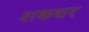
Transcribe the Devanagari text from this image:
शकधर